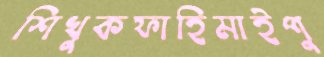
শিখুকফাহিমাইপু